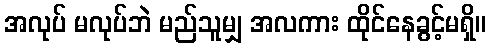
အလုပ် မလုပ်ဘဲ မည်သူမျှ အလကား ထိုင်နေခွင့်မရှိ။